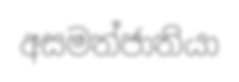
අසමත්ජාතියා